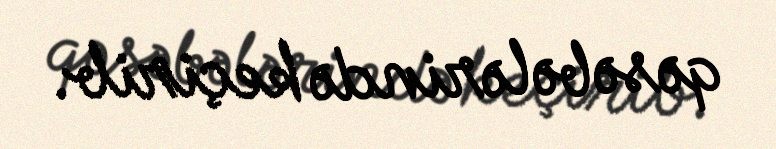
qəsəbələrində keçirib.